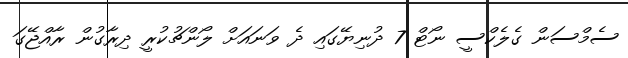
ސެމްސަން ގެލެކްސީ ނޯޓް 7 ދުނިޔޭގައި ދެ ވަނައަށް ލޯންޗުކުރީ ދިރާގުން ރާއްޖޭގަ